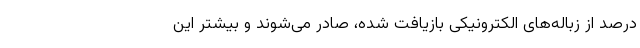
درصد از زباله‌های الکترونیکیِ بازیافت شده، صادر می‌شوند و بیشتر این